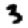
Digit: 3